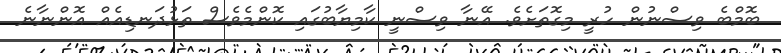
ބޮމްބެ ވިސްނުން ހުރީ މިގޮތަށެވެ. އޭނާ ވިސްނީ ކާމިޔާބުގައި ކޮންމެވެސް ތަޅުދަނޑިއެއް އޮންނާނެ